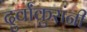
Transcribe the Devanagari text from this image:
दुर्वांकुरांनी